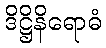
ဒိဋ္ဌိနိရောဓံ